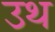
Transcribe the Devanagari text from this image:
उथ